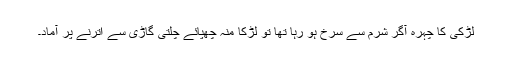
لڑکی کا چہرہ آگر شرم سے سرخ ہو رہا تھا تو لڑکا منہ چھپائے چلتی گاڑی سے اترنے پر آماد۔